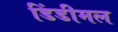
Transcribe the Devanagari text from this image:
डिंडीमल